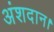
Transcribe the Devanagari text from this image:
अंशदान।